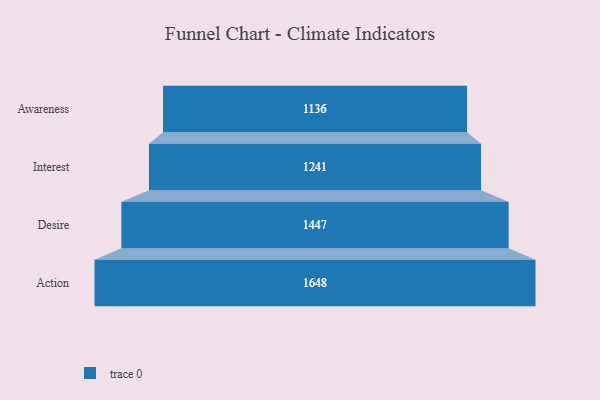
{"axis": {"x": "Stage", "y": "Value"}, "legend": [""], "data": [{"x": "Awareness", "y": 1136.0, "type": ""}, {"x": "Interest", "y": 1241.0, "type": ""}, {"x": "Desire", "y": 1447.0, "type": ""}, {"x": "Action", "y": 1648.0, "type": ""}]}